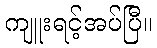
ကျူးရင့်အပ်ပြီ။